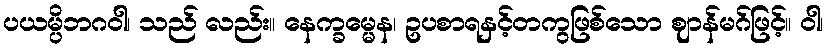
ပယမ္ပိဘဂဝါ၊ သည် လည်း။ နေက္ခမ္မေန၊ ဥပစာရနှင့်တကွဖြစ်သော ဈာန်မဂ်ဖြင့်။ ဝါ၊